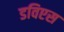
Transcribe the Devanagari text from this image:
डविएस